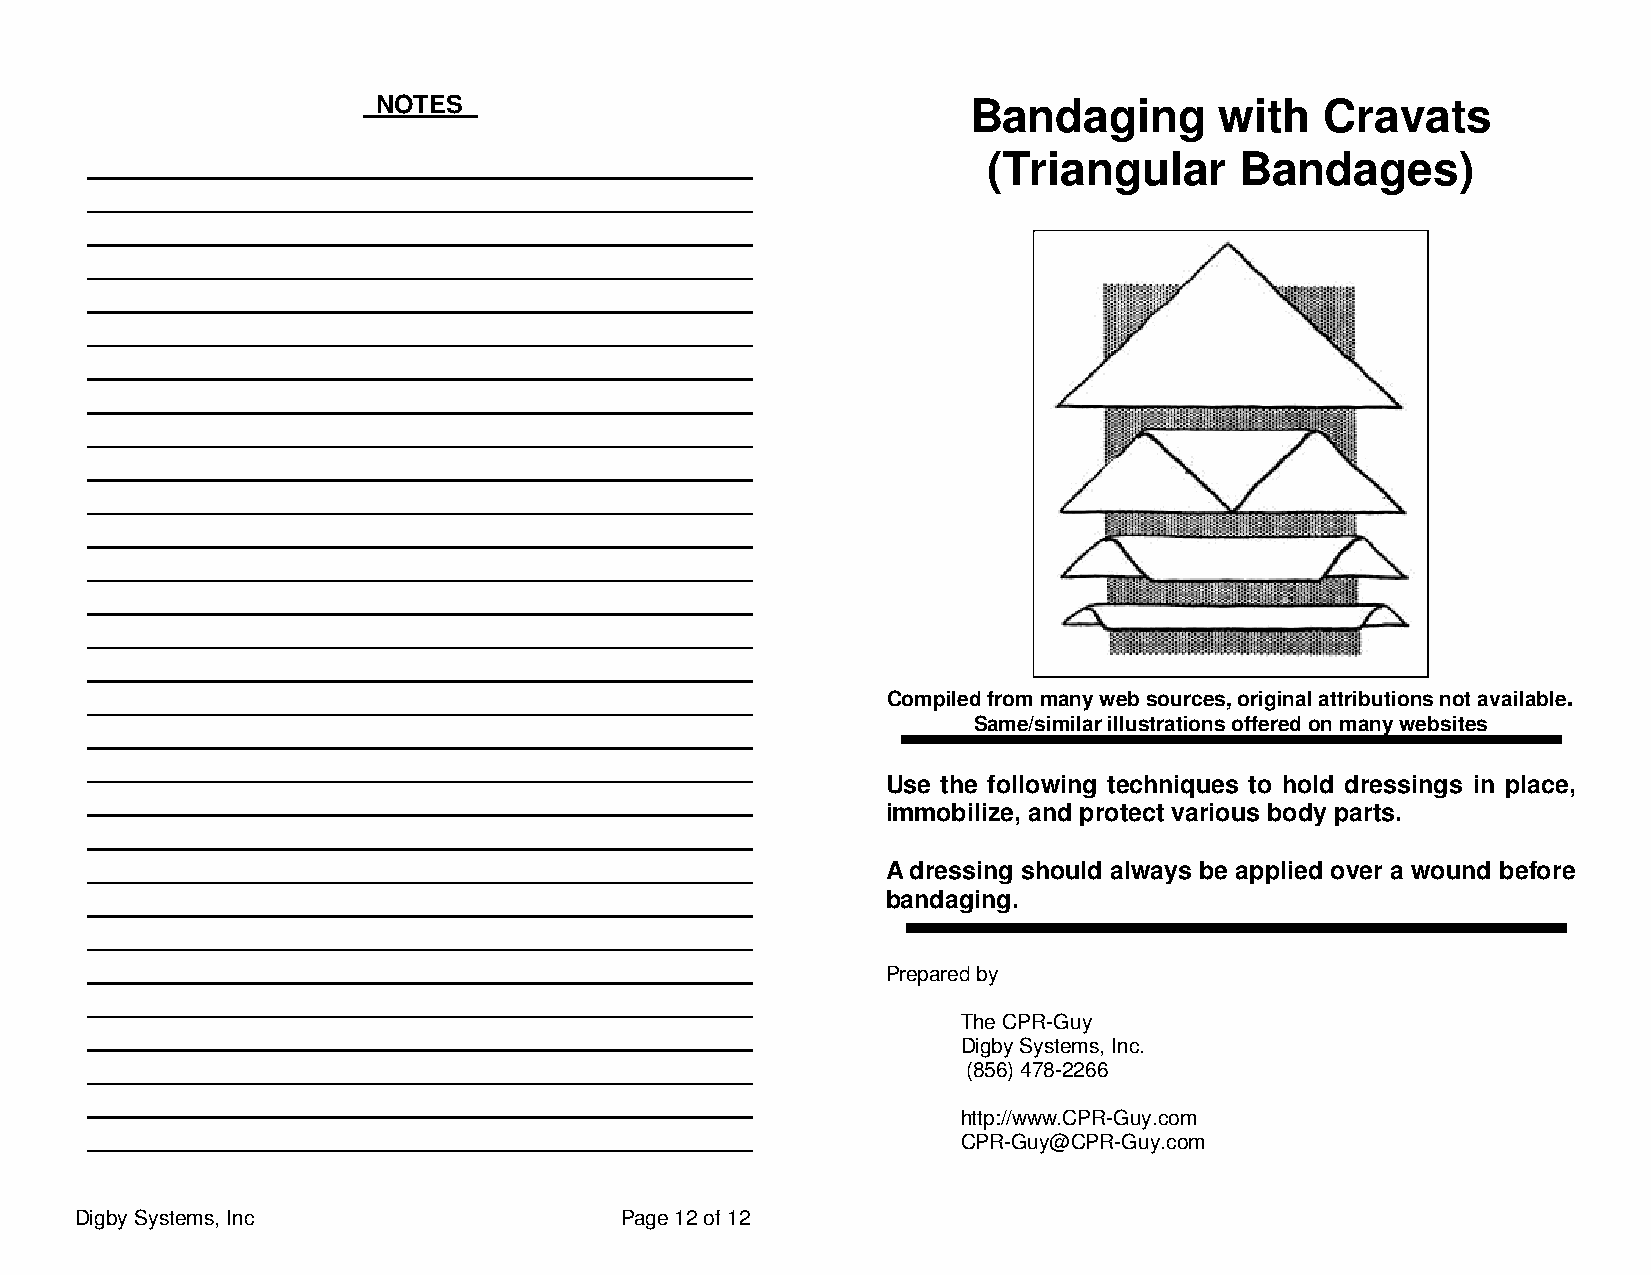
NOTES                                  Bandaging        with   Cravats
 _________________________________________                  (Triangular      Bandages)
 _________________________________________
 _________________________________________
 _________________________________________
 _________________________________________
 _________________________________________
 _________________________________________
 _________________________________________
 _________________________________________
 _________________________________________
 _________________________________________
 _________________________________________
 _________________________________________
 _________________________________________
 _________________________________________
 _________________________________________
 _________________________________________            Compiled from many web sources, original attributions not available.
 Same/similar illustrations offered on many websites
 _________________________________________
 _________________________________________
 Use the following techniques to hold dressings in place,
 _________________________________________
 immobilize, and protect various body parts.
 _________________________________________
 _________________________________________            A dressing should always be applied over a wound before
 _________________________________________            bandaging.
 _________________________________________
 _________________________________________
 Prepared by
 _________________________________________
 The CPR-Guy
 _________________________________________
 Digby Systems, Inc.
 _________________________________________                 (856) 478-2266
 _________________________________________
 http://www.CPR-Guy.com
 _________________________________________
 CPR-Guy@CPR-Guy.com
 Digby Systems, Inc                  Page 12 of 12